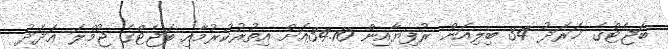
ބަޖެޓްގެ ޚަރަދު 34 ބިލިއަން ރުފިޔާއިން 34.10އަށް އިތުރުކުރުމާއި ބަޖެޓްގެ ޖުމްލަ ޢަދަދު